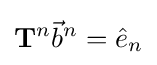
\mathbf {T} ^{n}{\vec {b}}^{n}={\hat {e}}_{n}